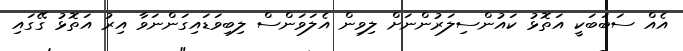
އެއް ސަބަބަކީ އަތޮޅު ކައުންސިލަރުންނަށް ލިވިން އެލަވަންސް ލިބިވަޑައިގަންނަވާ އިރު އަތޮޅު ގޭގައި